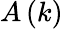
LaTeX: A\left(k\right)